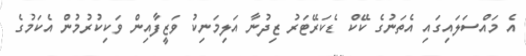
އެ މައްސަލައިގައި އެތަނުގެ ކޭކް ޑެކަރޭޓަރު ޒިދުނާ އަލިމަނިކު ވަޒީފާއިން ވަކިކުރުމުން އެކަމުގެ